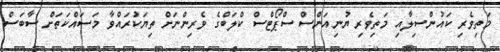
މަތިވެރި ކައުންސިލާއި މަތިވެރި ޔުނިއަންސް ސްޕޯޓްސް ކްލަބްގެ ވެރިންނަށް ތިޔަކުރައްވާ މަސައްކަތަށް ސާބަސް